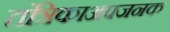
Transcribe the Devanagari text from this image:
तंत्रिकाअपजनक